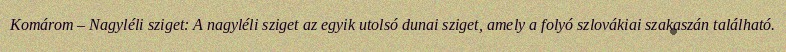
Komárom – Nagyléli sziget: A nagyléli sziget az egyik utolsó dunai sziget, amely a folyó szlovákiai szakaszán található.